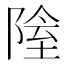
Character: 𨺴